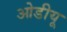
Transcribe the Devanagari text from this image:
ओडीयू